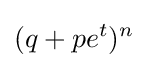
(q+pe^{t})^{n}